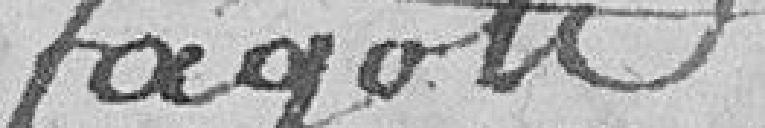
fagots.